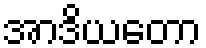
အာဒိယတော